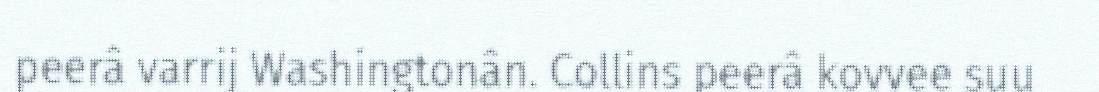
peerâ varrij Washingtonân. Collins peerâ kovvee suu